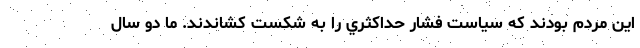
اين مردم بودند كه سياست فشار حداكثري را به شكست كشاندند. ما دو سال